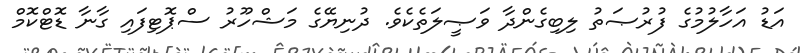
އަޑު އަހާލުމުގެ ފުރުޞަތު ލިބިގެންދާ ވަޞީލަތެކެވެ. ދުނިޔޭގެ މަޝްހޫރު ސްޕޮޓިފައި ގާނާ ޑޮޓްކޮމް